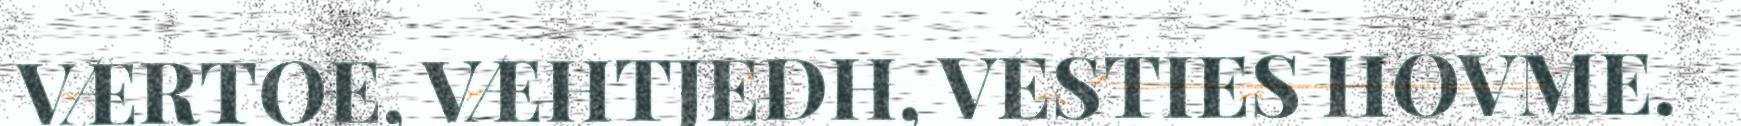
VÆRTOE, VÆHTJEDH, VESTIES HOVME.